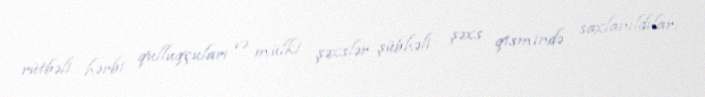
rütbəli hərbi qulluqçuları və mülki şəxslər şübhəli şəxs qismində saxlanıldılar.